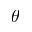
\protect \theta